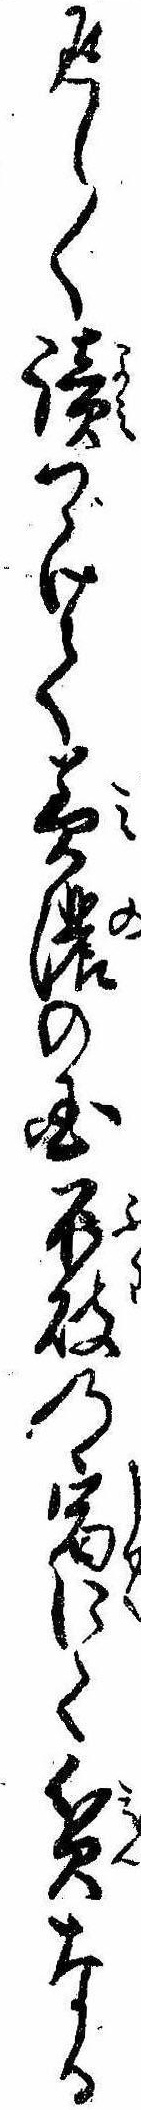
返し〱読つゞけて美濃の国不破の宿にて貧なる